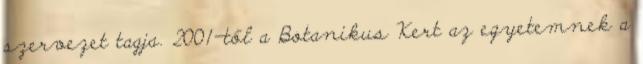
szervezet tagja. 2001-től a Botanikus Kert az egyetemnek a